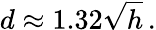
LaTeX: d\approx 1.32{\sqrt{h}}\, .